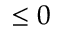
\leq 0